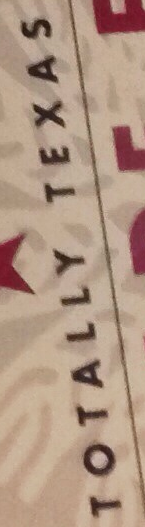
TOTALLY TEXAS